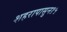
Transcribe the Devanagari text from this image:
शहरापासुन१५